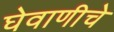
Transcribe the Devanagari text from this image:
घेवाणीचे